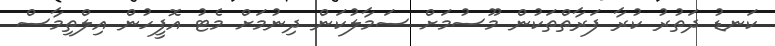
ކަނޑު ދަތުރު ކުރާ ފަރާތްތަކުން މޫސުމަށް ސަމާލުކަން ދިނުމަށް މެޓު އޮފީހުން އިލްތިމާސް